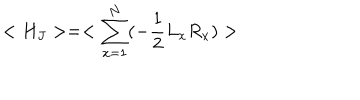
< H _ { J } > = < \sum _ { x = 1 } ^ { N } ( - \frac { 1 } { 2 } L _ { x } R _ { x } ) >